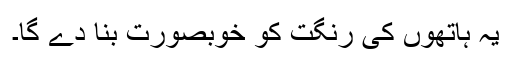
یہ ہاتھوں کی رنگت کو خوبصورت بنا دے گا۔